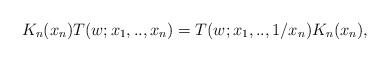
LaTeX: \begin{align*}K_{n}(x_n)T(w;x_1,..,x_n)=T(w;x_1,..,1/x_n)K_{n}(x_n),\end{align*}